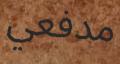
مدفعي